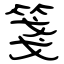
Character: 箋